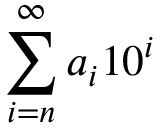
\sum _ { i = n } ^ { \infty } a _ { i } 1 0 ^ { i }